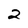
Character: 2